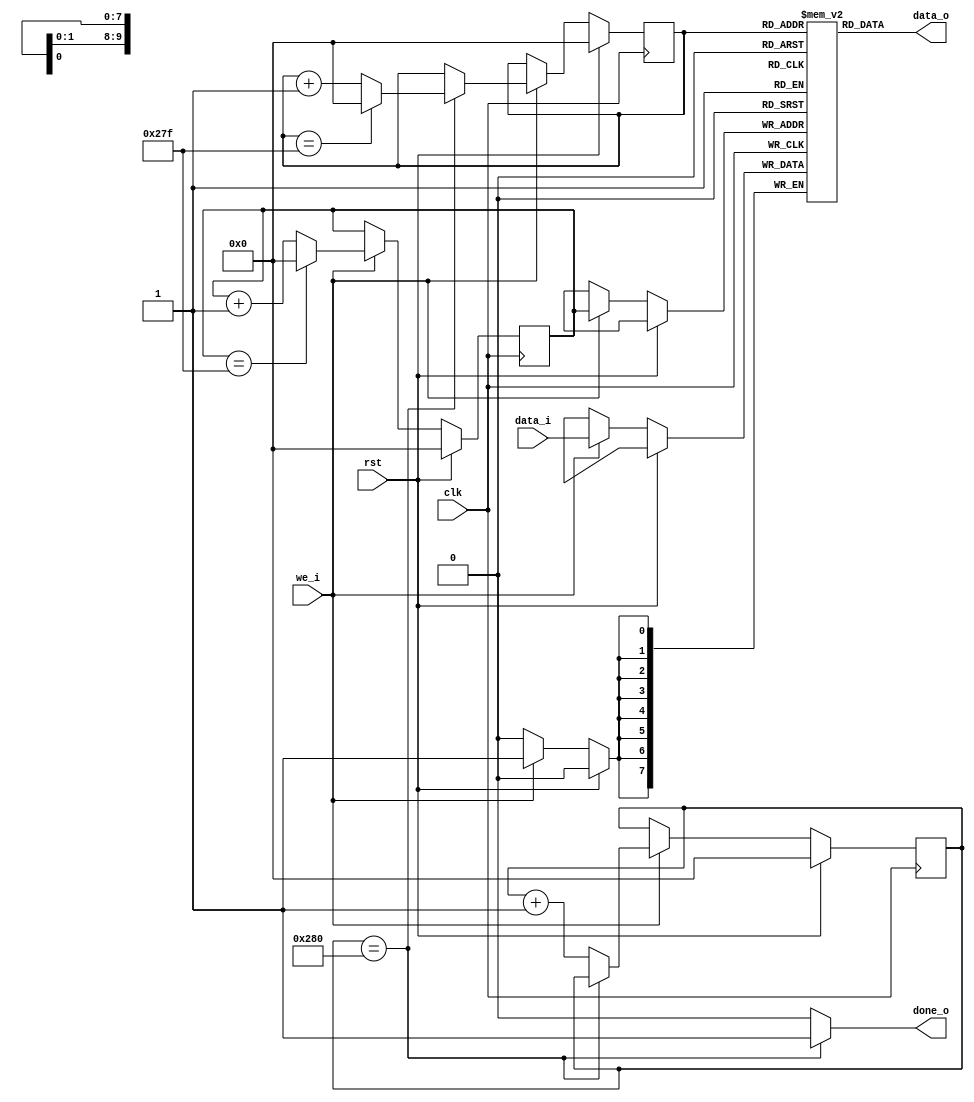
`timescale 1ns / 1ps
//////////////////////////////////////////////////////////////////////////////////
// Company: 
// Engineer: 
// 
// Design Name: 
// Module Name: fifo_single_line_buffer
// Project Name: 
// Target Devices: 
// Tool Versions: 
// Description: 
// 
// Dependencies: 
// 
// Revision:
// Revision 0.01 - File Created
// Additional Comments:
// 
//////////////////////////////////////////////////////////////////////////////////


module fifo_single_line_buffer(
    input clk,
    input rst,

    input we_i,
    input [7:0] data_i,

    output [7:0] data_o,
    output done_o
    );

    parameter DEPTH = 640;
    //parameter DEPTH = 5;
    reg [7 : 0] mem [0 : DEPTH - 1];

    reg [9 : 0] wr_pointer;
    reg [9 : 0] rd_pointer;

    reg [9 : 0] iCounter;

    assign done_o = (iCounter == DEPTH)? 1 : 0;
    assign data_o = mem[rd_pointer];

    always @(posedge clk) begin
        if (rst) begin
            iCounter <= 0;
        end else begin
            if(we_i == 1) begin
                iCounter <= (iCounter == DEPTH) ? iCounter : iCounter + 1;
            end
        end
    end

    always @(posedge clk) begin
        if (rst) begin
            wr_pointer <=0;
        end else begin
            if(we_i == 1) begin
                mem[wr_pointer] <= data_i;
                wr_pointer <= (wr_pointer == DEPTH - 1) ? 0 : wr_pointer + 1;
            end
        end
    end

    always @(posedge clk) begin
        if (rst) begin
            rd_pointer <=0;
        end else begin
            if(we_i == 1) begin
                if (iCounter == DEPTH) begin
                    rd_pointer <= (rd_pointer == DEPTH - 1) ? 0 : rd_pointer + 1;
                end
            end
        end
    end

endmodule